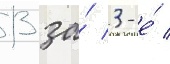
13 за́ 3-е́ /